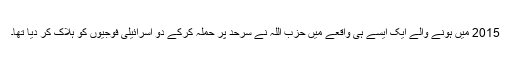
2015 میں ہونے والے ایک ایسے ہی واقعے میں حزب اللہ نے سرحد پر حملہ کرکے دو اسرائیلی فوجیوں کو ہلاک کر دیا تھا۔